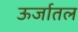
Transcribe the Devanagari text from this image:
ऊर्जातल